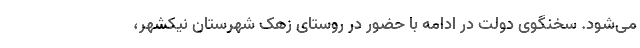
می‌شود. سخنگوی دولت در ادامه با حضور در روستای زَهَک شهرستان نیکشهر،